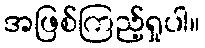
အဖြစ်ကြည့်ရှုပါ။